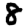
Digit: 8